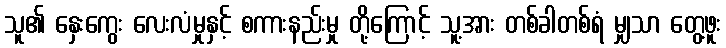
သူ၏ နှေးကွေး လေးလံမှုနှင့် စကားနည်းမှု တို့ကြောင့် သူ့အား တစ်ခါတစ်ရံ မျှသာ တွေ့ဖူး